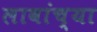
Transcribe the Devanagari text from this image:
लावांच्या